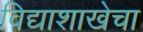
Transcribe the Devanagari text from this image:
विद्याशाखेचा